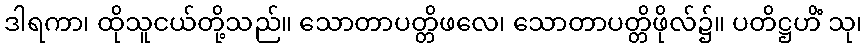
ဒါရကာ၊ ထိုသူငယ်တို့သည်။ သောတာပတ္တိဖလေ၊ သောတာပတ္တိဖိုလ်၌။ ပတိဋ္ဌဟိံ သု၊